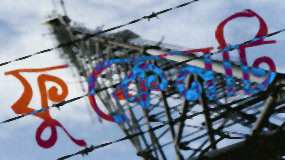
ফুকেনটি